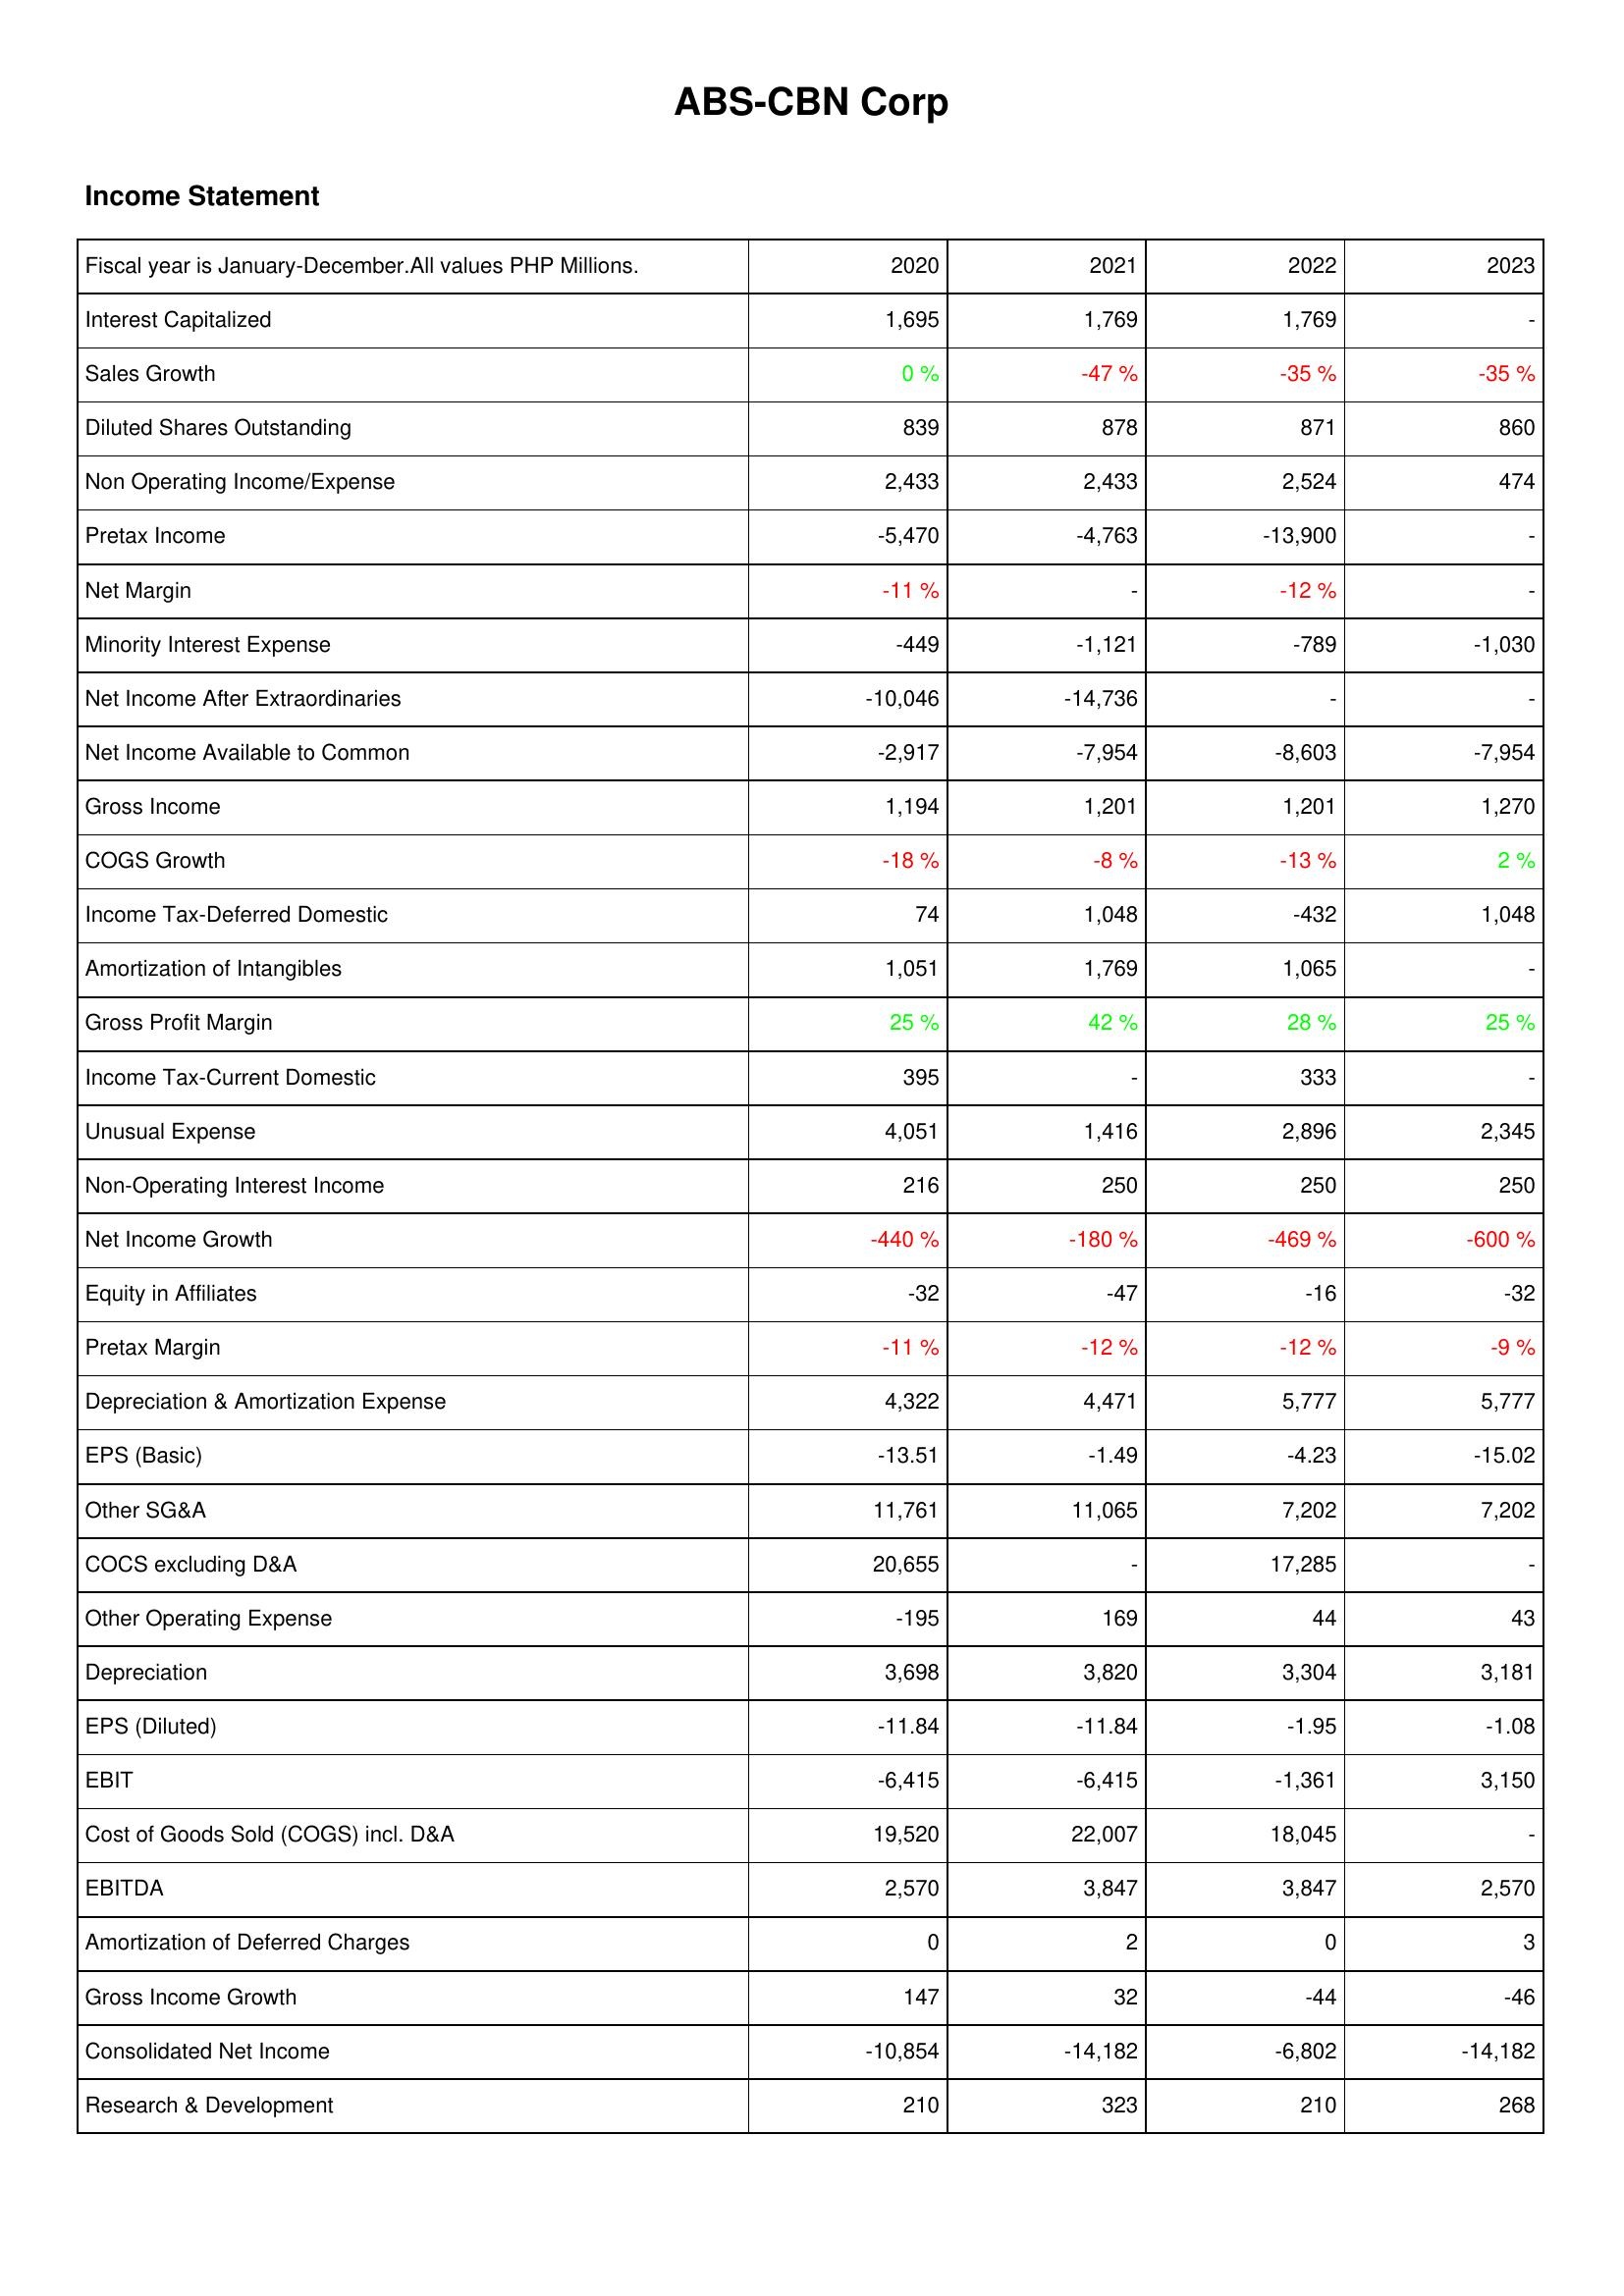
2020: Income Statement: Interest Capitalized: 1,695
Sales Growth: 0 %
Diluted Shares Outstanding: 839
Non Operating Income/Expense: 2,433
Pretax Income: -5,470
Net Margin: -11 %
Minority Interest Expense: -449
Net Income After Extraordinaries: -10,046
Net Income Available to Common: -2,917
Gross Income: 1,194
COGS Growth: -18 %
Income Tax-Deferred Domestic: 74
Amortization of Intangibles: 1,051
Gross Profit Margin: 25 %
Income Tax-Current Domestic: 395
Unusual Expense: 4,051
Non-Operating Interest Income: 216
Net Income Growth: -440 %
Equity in Affiliates: -32
Pretax Margin: -11 %
Depreciation & Amortization Expense: 4,322
EPS (Basic): -13.51
Other SG&A: 11,761
COCS excluding D&A: 20,655
Other Operating Expense: -195
Depreciation: 3,698
EPS (Diluted): -11.84
EBIT: -6,415
Cost of Goods Sold (COGS) incl. D&A: 19,520
EBITDA: 2,570
Amortization of Deferred Charges: 0
Gross Income Growth: 147
Consolidated Net Income: -10,854
Research & Development: 210
2021: Income Statement: Interest Capitalized: 1,769
Sales Growth: -47 %
Diluted Shares Outstanding: 878
Non Operating Income/Expense: 2,433
Pretax Income: -4,763
Net Margin: -
Minority Interest Expense: -1,121
Net Income After Extraordinaries: -14,736
Net Income Available to Common: -7,954
Gross Income: 1,201
COGS Growth: -8 %
Income Tax-Deferred Domestic: 1,048
Amortization of Intangibles: 1,769
Gross Profit Margin: 42 %
Income Tax-Current Domestic: -
Unusual Expense: 1,416
Non-Operating Interest Income: 250
Net Income Growth: -180 %
Equity in Affiliates: -47
Pretax Margin: -12 %
Depreciation & Amortization Expense: 4,471
EPS (Basic): -1.49
Other SG&A: 11,065
COCS excluding D&A: -
Other Operating Expense: 169
Depreciation: 3,820
EPS (Diluted): -11.84
EBIT: -6,415
Cost of Goods Sold (COGS) incl. D&A: 22,007
EBITDA: 3,847
Amortization of Deferred Charges: 2
Gross Income Growth: 32
Consolidated Net Income: -14,182
Research & Development: 323
2022: Income Statement: Interest Capitalized: 1,769
Sales Growth: -35 %
Diluted Shares Outstanding: 871
Non Operating Income/Expense: 2,524
Pretax Income: -13,900
Net Margin: -12 %
Minority Interest Expense: -789
Net Income After Extraordinaries: -
Net Income Available to Common: -8,603
Gross Income: 1,201
COGS Growth: -13 %
Income Tax-Deferred Domestic: -432
Amortization of Intangibles: 1,065
Gross Profit Margin: 28 %
Income Tax-Current Domestic: 333
Unusual Expense: 2,896
Non-Operating Interest Income: 250
Net Income Growth: -469 %
Equity in Affiliates: -16
Pretax Margin: -12 %
Depreciation & Amortization Expense: 5,777
EPS (Basic): -4.23
Other SG&A: 7,202
COCS excluding D&A: 17,285
Other Operating Expense: 44
Depreciation: 3,304
EPS (Diluted): -1.95
EBIT: -1,361
Cost of Goods Sold (COGS) incl. D&A: 18,045
EBITDA: 3,847
Amortization of Deferred Charges: 0
Gross Income Growth: -44
Consolidated Net Income: -6,802
Research & Development: 210
2023: Income Statement: Interest Capitalized: -
Sales Growth: -35 %
Diluted Shares Outstanding: 860
Non Operating Income/Expense: 474
Pretax Income: -
Net Margin: -
Minority Interest Expense: -1,030
Net Income After Extraordinaries: -
Net Income Available to Common: -7,954
Gross Income: 1,270
COGS Growth: 2 %
Income Tax-Deferred Domestic: 1,048
Amortization of Intangibles: -
Gross Profit Margin: 25 %
Income Tax-Current Domestic: -
Unusual Expense: 2,345
Non-Operating Interest Income: 250
Net Income Growth: -600 %
Equity in Affiliates: -32
Pretax Margin: -9 %
Depreciation & Amortization Expense: 5,777
EPS (Basic): -15.02
Other SG&A: 7,202
COCS excluding D&A: -
Other Operating Expense: 43
Depreciation: 3,181
EPS (Diluted): -1.08
EBIT: 3,150
Cost of Goods Sold (COGS) incl. D&A: -
EBITDA: 2,570
Amortization of Deferred Charges: 3
Gross Income Growth: -46
Consolidated Net Income: -14,182
Research & Development: 268